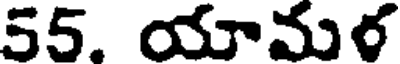
55. యామర